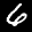
Label: 6